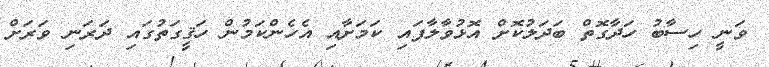
ވަނީ ހިސާބު ހަދާގޮތް ބަދަލުކޮށް އޮޅުވާލާފައި ކަމަށާއި އެހެންކަމުން ހަޤީގަތުގައި ދަރަނި ވަރަށް